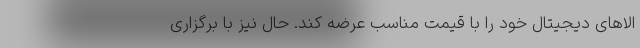
الاهای دیجیتال خود را با قیمت مناسب عرضه کند. حال نیز با برگزاری